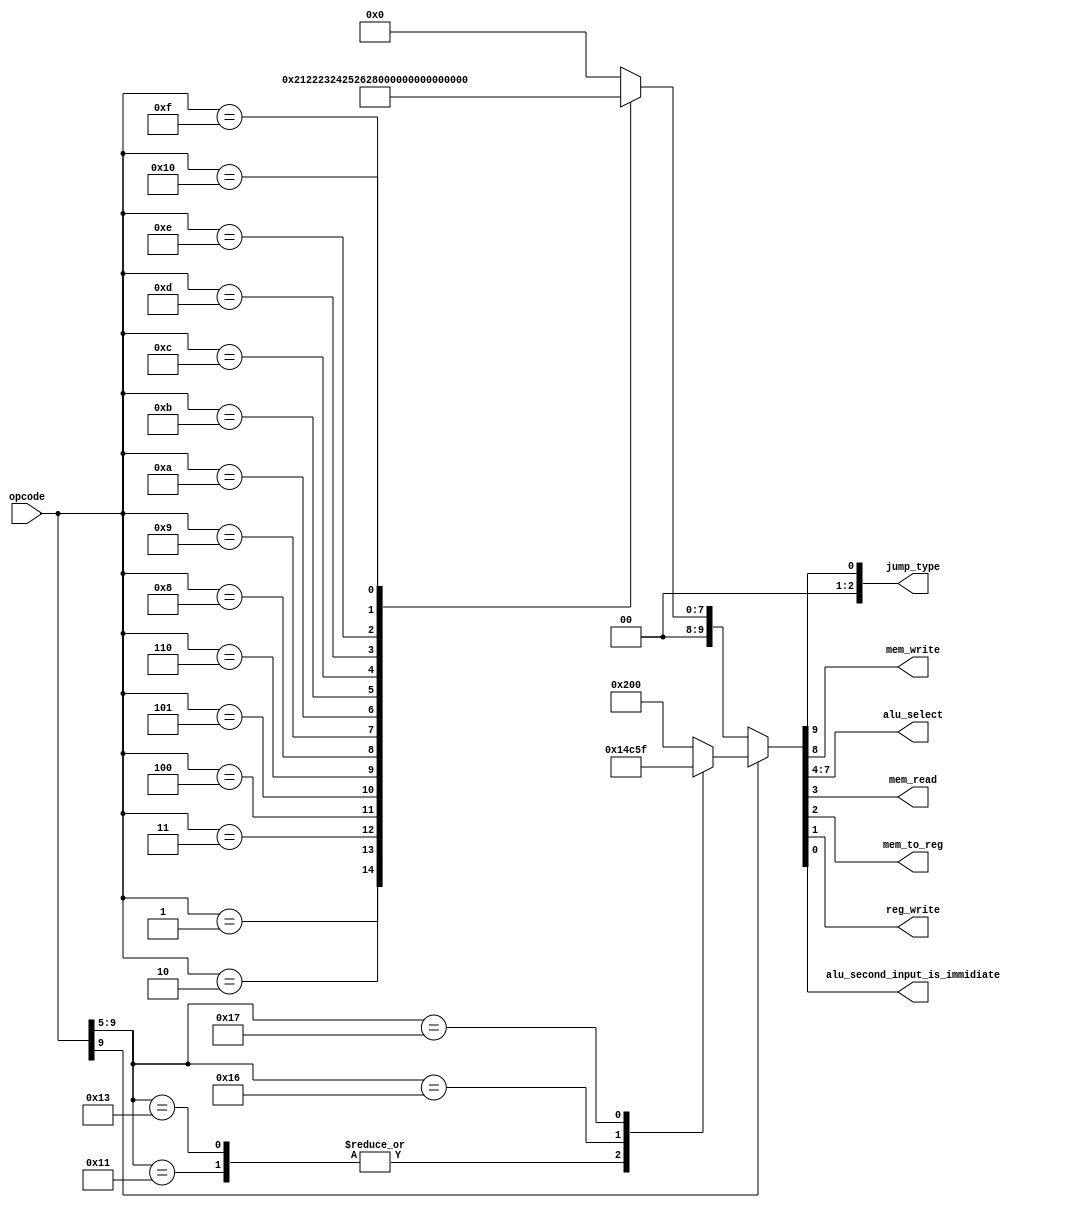
module Controller (opcode, jump_type, mem_write, alu_select, mem_read, mem_to_reg, reg_write, alu_second_input_is_immidiate);

input wire [9:0]opcode;
output reg mem_write,mem_read, mem_to_reg,reg_write,alu_second_input_is_immidiate;
output reg[2:0]jump_type;
output reg[3:0]alu_select;
reg [9:0] output_bus;

//alu_second_input_is_immidiate : 0 for register , 1 for immidiate

always @(opcode) begin
    if(!opcode[9])begin
        case (opcode)
        00:output_bus = 12'b000000000000;
        01:output_bus = 12'b000000000010;
        02:output_bus = 12'b000000010010;
        03:output_bus = 12'b000000100010;
        04:output_bus = 12'b000000110010;
        05:output_bus = 12'b000001000010;
        06:output_bus = 12'b000001010010;
        // 07:
        08:output_bus = 12'b000001100010;
        09:output_bus = 12'b000001110011;
        10:output_bus = 12'b000010000011;
        11:output_bus = 12'b000010010011;
        12:output_bus = 12'b000010100011;
        13:output_bus = 12'b000010110011;
        14:output_bus = 12'b000011000011;
        15:output_bus = 12'b000011100010;
        16:output_bus = 12'b000011110010;
        // 17:
        // 18:
        // 19:
        // 20:
        endcase
    end
    else begin
        case (opcode[9:5])
        16:output_bus = 12'b001000000000;
        17:output_bus = 12'b010000000000;
        18:output_bus = 12'b011000000000;
        19:output_bus = 12'b100000000000;
        20:output_bus = 12'b101000000000;
        21:output_bus = 12'b111000000000;
        22:output_bus = 12'b000001010011;
        23:output_bus = 12'b000001011111;
        endcase 
    end

    {jump_type,mem_write,alu_select,mem_read, mem_to_reg,reg_write,alu_second_input_is_immidiate} = output_bus;

end


endmodule //Controller